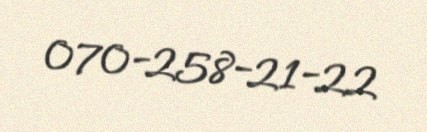
070-258-21-22